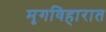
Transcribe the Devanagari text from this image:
मृगविहारात